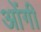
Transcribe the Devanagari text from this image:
ओंगी